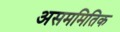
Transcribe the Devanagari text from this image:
असममितिक